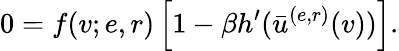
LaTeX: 0=f(v;e,r)\left[1-\beta h^{\prime}(\bar{u}^{(e,r)}(v))\right].